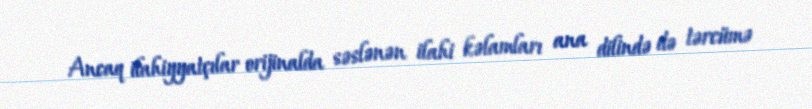
Ancaq ilahiyyatçılar orijinalda səslənən ilahi kəlamları ana dilində də tərcümə